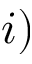
i )